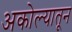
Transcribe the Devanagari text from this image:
अकोल्यातून